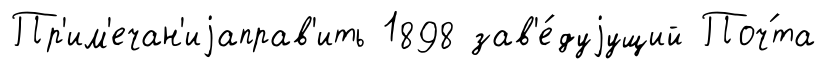
Пр'им'ечан'иjаправ'ить 1898 зав'е́дуjущий Поч́та